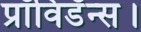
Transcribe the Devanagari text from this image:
प्रॉविडॅन्स।